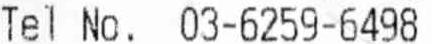
TEL NO. 03-6259-6498